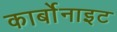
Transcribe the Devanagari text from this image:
कार्बोनाइट